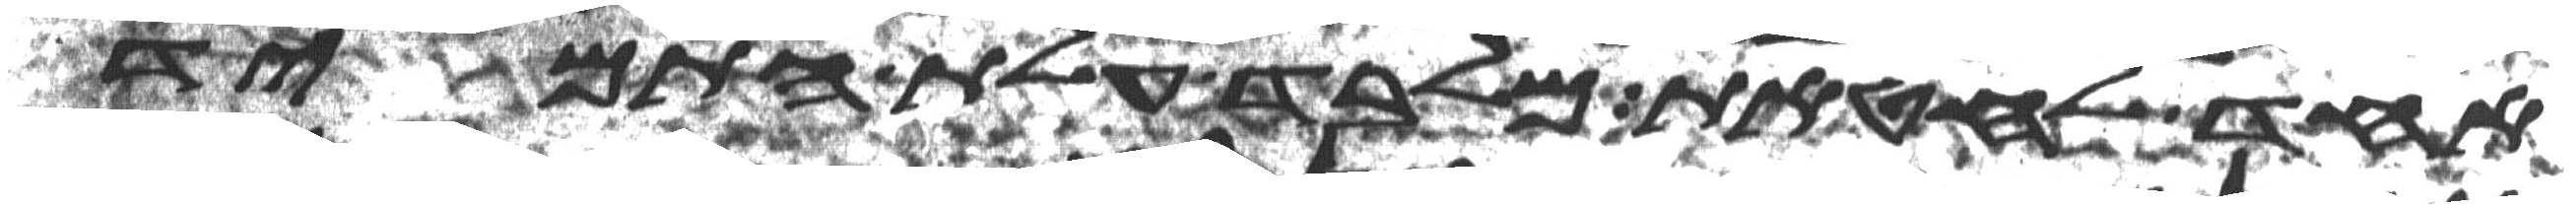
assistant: אחד לחטאת מלבד עלת התמיד